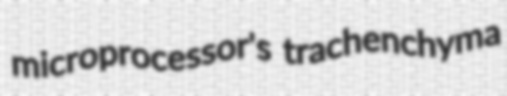
microprocessor's trachenchyma